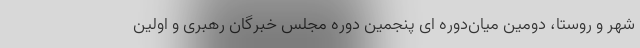
شهر و روستا، دومین میان‌دوره ای پنجمین دوره مجلس خبرگان رهبری و اولین